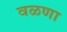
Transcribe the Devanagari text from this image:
वळणा